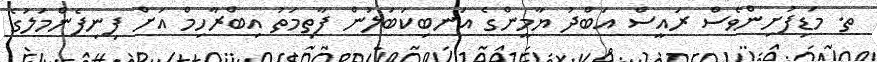
ތ. މަޑިފުށިންވެސް ރައީސް އަބްދު ޔާމީންގެ އަނބިކަބަލުން ފާތިމަތު އިބްރާހިމް އަށް ފިނިފެންމަލުގެ